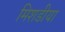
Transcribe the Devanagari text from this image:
मिशडीया